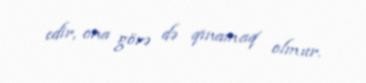
edir, ona görə də qınamaq olmur.